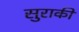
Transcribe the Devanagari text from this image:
सुराकी